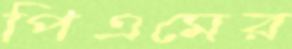
পিএমের